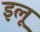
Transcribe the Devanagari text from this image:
इलू